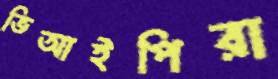
ভিআইপিরা